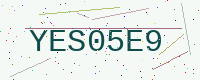
Text: YES05E9